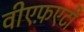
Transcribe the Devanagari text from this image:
वीएफ़एटी